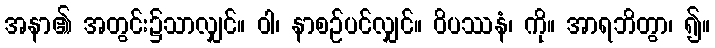
အနာ၏ အတွင်း၌သာလျှင်။ ဝါ၊ နာစဉ်ပင်လျှင်။ ဝိပဿနံ၊ ကို။ အာရဘိတွာ၊ ၍။